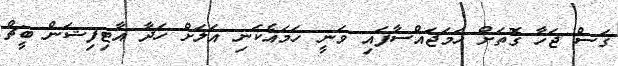
ގަސް ޖަހާ ގޮތަށް ހަމަޖައްސާފައި ވަނީ ހަަމައެކަނި އަލަށް ހަދާ އާޓިފިޝަން ބީޗް